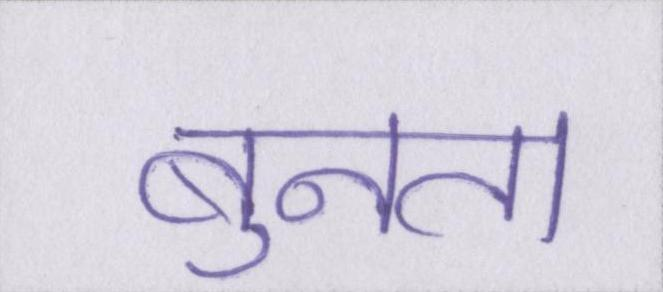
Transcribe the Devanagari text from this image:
बुनता